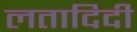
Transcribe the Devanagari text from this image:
लतादिदी